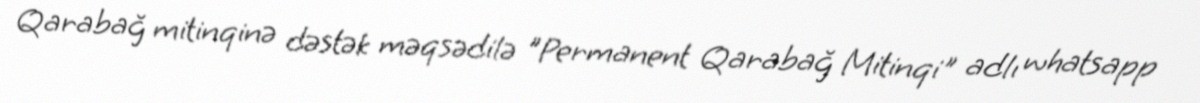
Qarabağ mitinqinə dəstək məqsədilə ”Permanent Qarabağ Mitinqi" adlı whatsapp